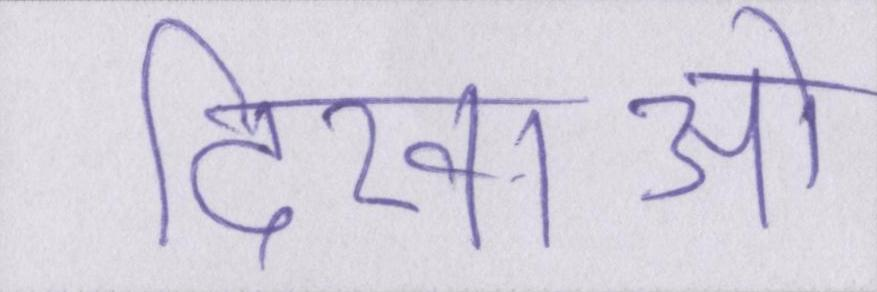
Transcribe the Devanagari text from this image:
दिखाओ